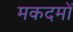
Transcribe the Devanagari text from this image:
मकदमों